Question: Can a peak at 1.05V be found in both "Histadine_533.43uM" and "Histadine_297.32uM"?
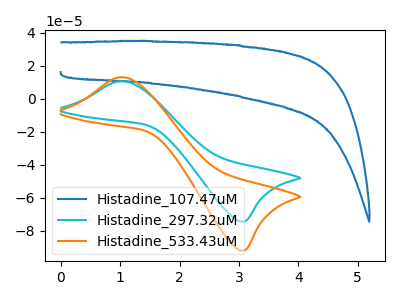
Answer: <think>The blue curve "Histadine_107.47uM" has no peaks. The cyan curve "Histadine_297.32uM" has an anodic peak at (1.05V, 10.45uA) and a cathodic peak at (3.05V, -74.55uA). The orange curve "Histadine_533.43uM" has an anodic peak at (1.05V, 12.90uA) and a cathodic peak at (3.05V, -92.15uA).</think>
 <answer>Yes, "Histadine_533.43uM" and "Histadine_297.32uM" share a peak at 1.05V.</answer>
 <eval>match</eval>